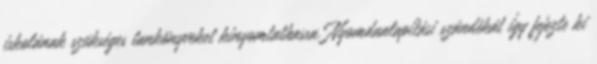
iskolának szükséges tankönyveket kinyomtathassa. Nyomdaalapítási szándékát így fejezte ki